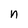
Character: n